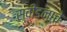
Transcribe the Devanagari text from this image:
स्वीडनाचे